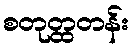
စတုတ္ထတန်း